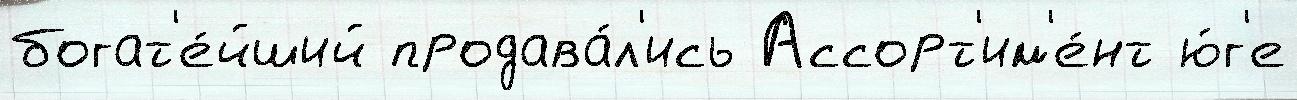
богат'е́йший продава́л'ись Ассорт'им'е́нт ю́г'е